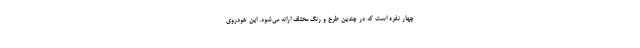
چهار نفره است که در چندین طرح و رنگ مختلف ارائه می‌شود. این خودروی